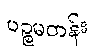
ပဉ္စမတန်း